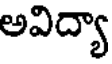
అవిద్యా